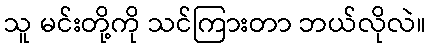
သူ မင်းတို့ကို သင်ကြားတာ ဘယ်လိုလဲ။